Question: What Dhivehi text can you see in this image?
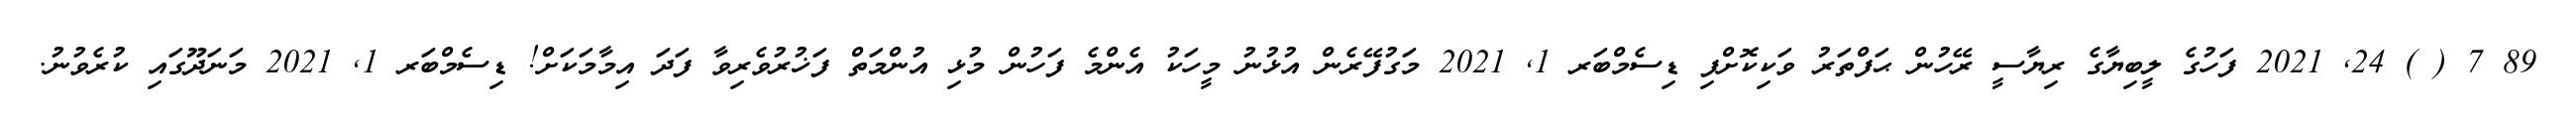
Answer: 89 7 ( ) 24, 2021 ފަހުގެ ލީބިޔާގެ ރިޔާސީ ރޭހުން ޙަފްތަރު ވަކިކޮށްފި ޑިސެމްބަރ 1, 2021 މަގުފޭރެން އުޅުނު މީހަކު އެންމެ ފަހުން މުޅި އުންމަތް ފަޚުރުވެރިވާ ފަދަ އިމާމަކަށް! ޑިސެމްބަރ 1, 2021 މަނަދޫގައި ކުރެވުނު.